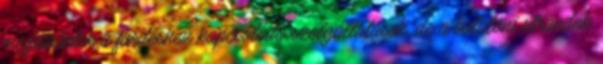
megszűntek a fürdéshez kapcsolódó szolgáltatások, de a balatoni strandok